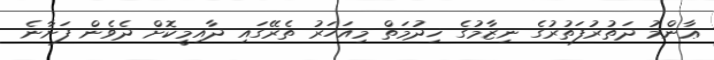
ޢާންމު ދަތުރުފަތުރުގެ ނިޒާމުގެ ޚިދުމަތް މިއަހަރު ތެރޭގައި ދާއިމީކޮށް ދެވެން ފަށާނެ